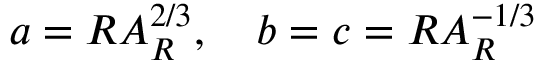
a = R A _ { R } ^ { 2 / 3 } , \quad b = c = R A _ { R } ^ { - 1 / 3 }